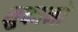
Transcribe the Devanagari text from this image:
सुकानो